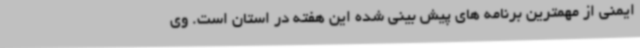
ایمنی از مهمترین برنامه های پیش بینی شده این هفته در استان است. وی